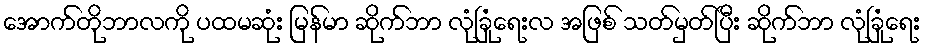
အောက်တိုဘာလကို ပထမဆုံး မြန်မာ ဆိုက်ဘာ လုံခြုံရေးလ အဖြစ် သတ်မှတ်ပြီး ဆိုက်ဘာ လုံခြုံရေး